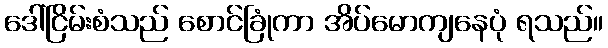
ဒေါ်ငြိမ်းစံသည် စောင်ခြုံကာ အိပ်မောကျနေပုံ ရသည်။